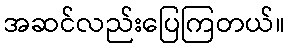
အဆင်လည်းပြေကြတယ်။